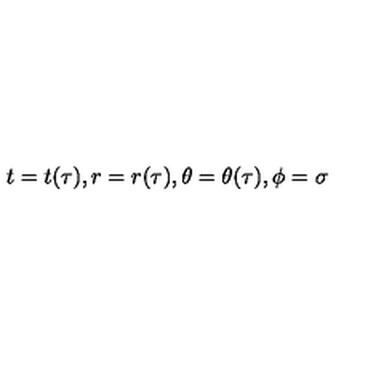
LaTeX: t = t ( \tau ) , r = r ( \tau ) , \theta = \theta ( \tau ) , \phi = \sigma